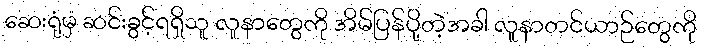
ဆေးရုံမှ ဆင်းခွင့်ရရှိသူ လူနာတွေကို အိမ်ပြန်ပို့တဲ့အခါ လူနာတင်ယာဉ်တွေကို